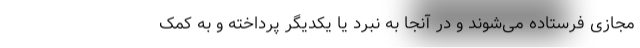
مجازی فرستاده می‌شوند و در آنجا به نبرد یا یکدیگر پرداخته و به کمک